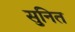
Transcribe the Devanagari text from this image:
सुनित